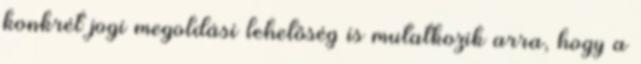
konkrét jogi megoldási lehetőség is mutatkozik arra, hogy a